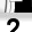
Digit: 2